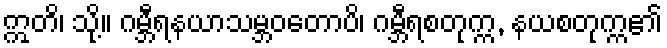
ဣတိ၊ သို့။ ဂမ္ဘီရနယာသမ္ဘဝတောပိ၊ ဂမ္ဘီရစတုက္က, နယစတုက္က၏